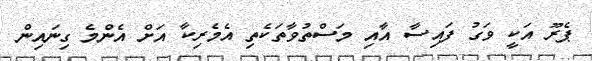
ޕެރޫ އަކީ ވަގު ފައިސާ އާއި މަސްތުވާތަކެތި އެމެރިކާ އަށް އެންމެ ގިނައިން